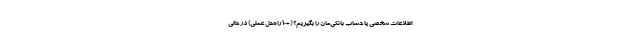
اطلاعات شخصی یا حساب بانکی‌مان را بگیریم؟ (+10 راه‌حل عملی) در حالی